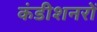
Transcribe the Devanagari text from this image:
कंडीशनरों